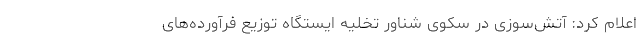
اعلام کرد: آتش‌سوزی در سکوی شناور تخلیه ایستگاه توزیع فرآورده‌های